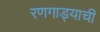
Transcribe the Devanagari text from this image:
रणगाड्याची